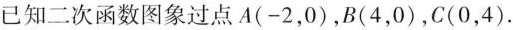
已知二次函数图象过点A(-2，0)，B(4，0)，C(0，4).